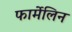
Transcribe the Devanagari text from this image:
फार्मेलिन